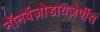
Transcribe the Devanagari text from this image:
नॉनबेंज़ोडायज़ेपींस